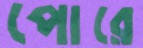
পোরে